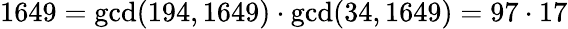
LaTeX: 1649=\operatorname*{gcd}(194,1649)\cdot\operatorname*{gcd}(34,1649)=97\cdot 17